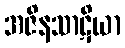
အဇိနသာဋိယာ